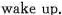
wake up.